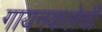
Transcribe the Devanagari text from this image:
गायनकलेची